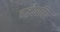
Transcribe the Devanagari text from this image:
बद्धोपदिष्ट